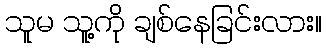
သူမ သူ့ကို ချစ်နေခြင်းလား။